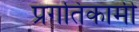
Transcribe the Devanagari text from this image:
प्रगतिकामी